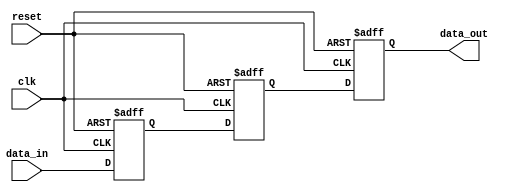
module three_flop_synchronizer (
    input wire clk,
    input wire reset,
    input wire data_in,
    output reg data_out
);

reg first_ff;
reg second_ff;
reg third_ff;

always @(posedge clk or posedge reset) begin
    if (reset) begin
        first_ff <= 1'b0;
        second_ff <= 1'b0;
        third_ff <= 1'b0;
    end else begin
        first_ff <= data_in;
        second_ff <= first_ff;
        third_ff <= second_ff;
    end
end

assign data_out = third_ff;

endmodule